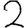
Digit: 2